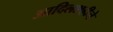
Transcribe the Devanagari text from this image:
आदिलशहीने